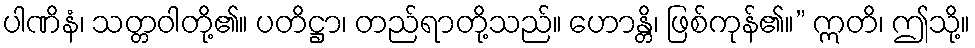
ပါဏိနံ၊ သတ္တဝါတို့၏။ ပတိဋ္ဌာ၊ တည်ရာတို့သည်။ ဟောန္တိ၊ ဖြစ်ကုန်၏။” ဣတိ၊ ဤသို့။